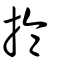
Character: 掄